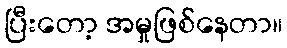
ပြီးတော့ အမှုဖြစ်နေတာ။